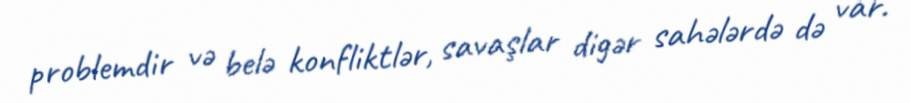
problemdir və belə konfliktlər, savaşlar digər sahələrdə də var.